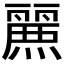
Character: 𮭷